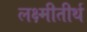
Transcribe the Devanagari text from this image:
लक्ष्मीतीर्थ